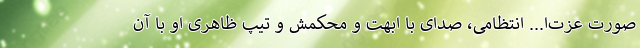
صورت عزت‌ا... انتظامی، صدای با ابهت و محکمش و تیپ ظاهری او با آن